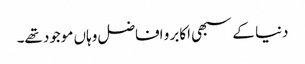
دنیا کے سبھی اکابر و افاضل وہاں موجود تھے۔